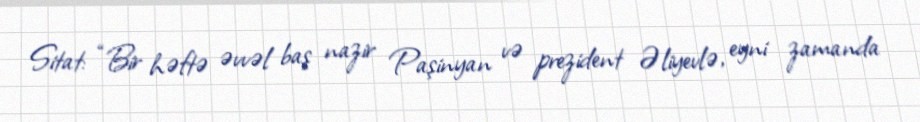
Sitat: “Bir həftə əvvəl baş nazir Paşinyan və prezident Əliyevlə, eyni zamanda